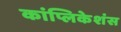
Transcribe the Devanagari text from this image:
कांप्लिकेशंस